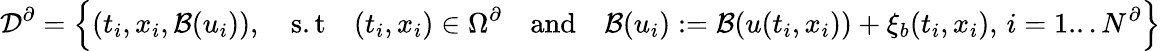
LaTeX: \mathcal{D}^{\partial}=\left\{ (t_{i},x_{i},\mathcal{B}(u_{i})),\quad\mathrm{s.t}\quad(t_{i},x_{i})\in\Omega^{\partial}\quad\mathrm{and}\quad\mathcal{B}(u_{i}):=\mathcal{B}(u(t_{i},x_{i}))+\xi_{b}(t_{i},x_{i}),\, i=1...N^{\partial}\right\}